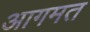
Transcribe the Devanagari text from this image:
आगमत